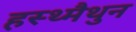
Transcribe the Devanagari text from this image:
हस्थ्मैथुन